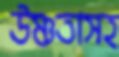
উষ্ণতাসহ